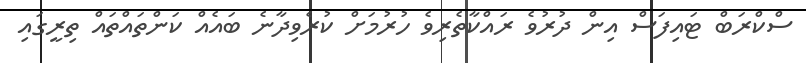
ސްކްރަބް ޓައިފަސް އިން ދުރުވެ ރައްކާތެރިވެ ހުރުމަށް ކުރެވިދާނެ ބައެއް ކަންތައްތައް ތިރީގައި